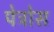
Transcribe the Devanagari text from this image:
पेट्रोस